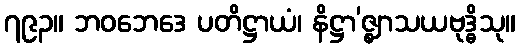
၇၉၃။ ဘဝဘေဒေ ပတိဋ္ဌာယံ၊ နိဋ္ဌာ’ဇ္ဈာသယဗုဒ္ဓိသု။